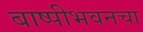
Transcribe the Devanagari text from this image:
बाष्पीभवनचा